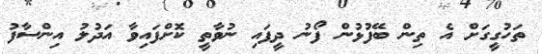
ތަހުގީގަށް އެ ތިން ބޭފުޅުން ފޯނު ދީފައި ނުވާތީ ކޮށްފައިވާ އަދުލު އިންސާފު